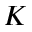
K